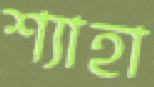
শ্যাহা